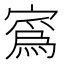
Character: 寪